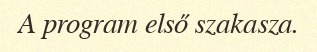
A program első szakasza.